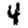
Digit: 4